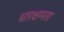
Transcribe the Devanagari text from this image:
धारक्षमता